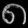
Digit: ၈